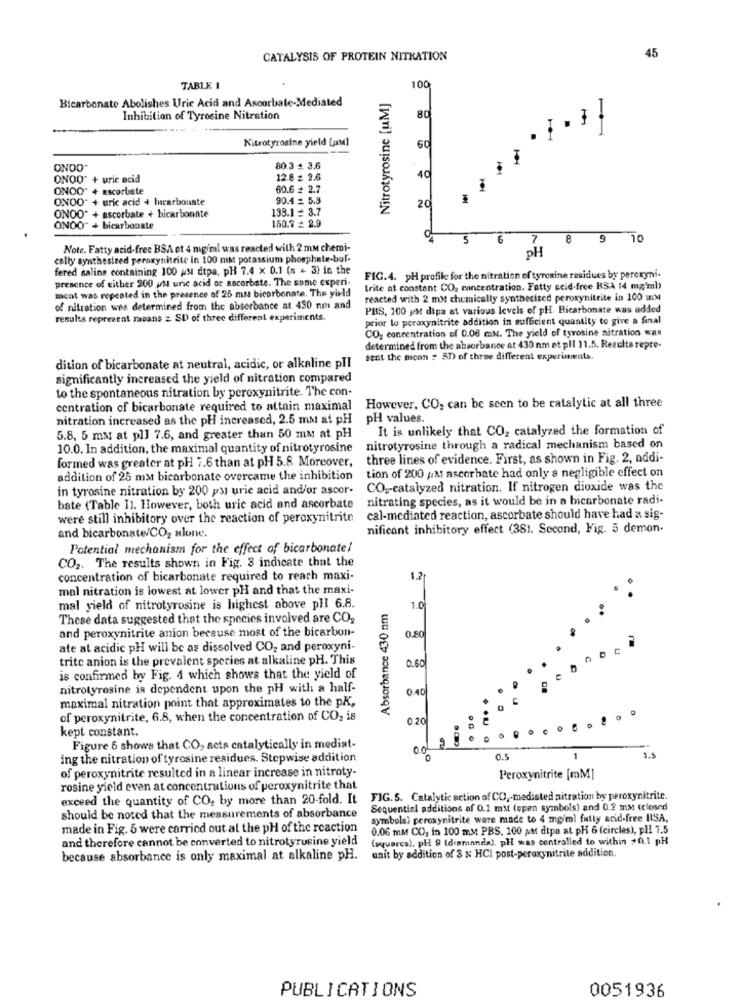
CATALYSIS OF PROTEIN NITRATION
45
TABLE I
100
Bicarbonate Abolishes Uric Acid and Ascorbate-Mediated
Nitrotyrosine [uM]
Inhibition of Tyrosine Nitration
80
. }
!
Nitrotyrosine yield [M]
.
60
ONOO-
80.3 + 3.6
ONOO" + uric acid
12.8 = 2.6
40
ONOO" + ascorbate
60.6 # 2.7
ONDO" + uric acid + hucarbonate
90.4 = 5.3
20
ONOO" + ascorbate + bicarbonate
138.1 = 3.7
ONOO" + bicarbonate
150.7 = 2.9
5
6
7
8 9 10
Note. Fatty acid-free BSA ot 4 mg/ml was reacted with 2 mm chemi-
PH
cally synthesized peroxynitrite in 100 mm potassium phosphate.buf.
fered saline containing 100 uu dtpa, PH 7.4 x 0.1 (n = 3) in the
presence of either 200 uM uric acid or ascorbate. The some experi-
FIG.4. pH profile for the nitration of tyrosine residues by peroxyni-
meat was repeated in the presence of 25 ma bicarbonate. The yirld
trite at constant CO, concentration. Fatty acid-free KSA 14 mgmb)
reacted with 2 mM chemically synthesized peroxynitrite in 100 mM
of nitration was determined from the absorbance at 430 nm and
PBS, 100 gM dipa at various levels of pH. Bicarbonate was added
results reprezent means = SU of three different experiments.
prior to peroxynitrite addition in sufficient quantity to give a final
CO2 concentration of 0.06 mN. The yield of tyrosine nitration was
determined from the absorbance at 430 nm at pll 11.5. Rezulte repre-
sent the mean ? 3D of three different experiments.
dition of bicarbonate at neutral, acidic, or alkaline plI
significantly increased the yield of nitration compared
to the spontaneous nitration by peroxynitrite. The con-
centration of bicarbonate required to attain maximal However, CO, can be seen to be catalytic at all three
nitration increased as the pH increased, 2.5 mm at pH
pH values.
It is unlikely that CO2 catalyzed the formation of
5.8, 5 mM at pl] 7.6, and greater than 50 mm at pH
10.0. In addition, the maximal quantity of nitrotyrosine
nitrotyrosine through a radical mechanism based on
formed was greater at pH 7.6 than at pH 5.8. Moreover,
three lines of evidence. First, as shown in Fig. 2, addi-
addition of 25 mm bicarbonate overcame the inhibition
tion of 200 ;IM ascorbate had only a negligible effect on
in tyrosine nitration by 200 py urie acid and/or ascor-
CO2-catalyzed nitration. If nitrogen dioxide was the
nitrating species, as it would be in a bicarbonate radi-
bate (Table I). However, both uric acid and ascorbate
were still inhibitory over the reaction of peroxynitrite
cal-mediated reaction, ascorbate should have had a sig-
nificant inhibitory effect (381. Second, Fig. 5 demon.
and bicarbonate/CO, alone.
Potential mechanism for the effect of bicarbonate!
CO2. The results shown in Fig. 3 indicate that the
concentration of bicarbonate required to reach maxi-
1.2
mal nitration is lowest at lower pH and that the maxi-
mal yield of nitrotyrosine is highest above plI 6.8.
Absorbance 430 nm
1.0
These data suggested that the species involved are CO2
and peroxynitrite anion because most of the bicarbon-
0.80
ate at acidic pH will be as dissolved CO2 and peroxyni-
trite anion is the prevalent species at alkaline pH. This
0.60
is confirmed by Fig. 4 which shows that the yield of
nitrotyrosine is dependent upon the pH with a half-
0.40
maximal nitration point that approximates to the pK,
of peroxynitrite, 6.8, when the concentration of CO2 is
020
kept constant.
Figure 5 shows that CO, acts catalytically in mediat-
0.0
ing the nitration of tyrosine residues. Stepwise addition
0
0.5
1.5
of peroxynitrite resulted in a linear increase in nitroty-
Peroxynitrite [mM]
rosine yield even at concentrations of peroxynitrite that
exceed the quantity of CO, by more than 20-fold. It
FIG.5. Catalytic action of CO ,- medisted nitration by peroxynitrite.
Sequential additions of 0.1 mM (open symbols) and 0.2 mm (closed
should be noted that the measurements of absorbance
symbols) peroxynitrite ware made to 4 mg/ml fully acid-free HISA.
made in Fig. 5 were carried out at the pH of the reaction
0.06 mM CO, in 100 mM PBS. 100 att dtpa at pH 6 (circles), pl! 7.5
and therefore cannot be converted to nitrotyrusine yield
(squares), pH 9 (diamonda). pH was controlled to within +0.1 pH
because absorbance is only maximal at alkaline pH.
unit by addition of $ N HCI post-peroxynitrite addition.
PUBLICATIONS
0051936